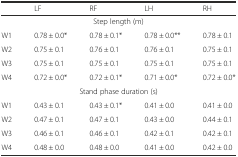
<table><thead><tr><td></td><td><b>LF</b></td><td><b>RF</b></td><td><b>LH</b></td><td><b>RH</b></td></tr></thead><tbody><tr><td colspan="5">Step length (m)</td></tr><tr><td>W1</td><td>0.78 ± 0.0*</td><td>0.78 ± 0.1*</td><td>0.78 ± 0.0**</td><td>0.78 ± 0.1</td></tr><tr><td>W2</td><td>0.75 ± 0.1</td><td>0.76 ± 0.1</td><td>0.76 ± 0.1</td><td>0.75 ± 0.1</td></tr><tr><td>W3</td><td>0.75 ± 0.1</td><td>0.75 ± 0.1</td><td>0.75 ± 0.1</td><td>0.75 ± 0.1</td></tr><tr><td>W4</td><td>0.72 ± 0.0*</td><td>0.72 ± 0.1*</td><td>0.71 ± 0.0*</td><td>0.72 ± 0.0*</td></tr><tr><td colspan="5">Stand phase duration (s)</td></tr><tr><td>W1</td><td>0.43 ± 0.1</td><td>0.43 ± 0.1*</td><td>0.41 ± 0.0</td><td>0.41 ± 0.0</td></tr><tr><td>W2</td><td>0.47 ± 0.1</td><td>0.47 ± 0.1</td><td>0.43 ± 0.0</td><td>0.44 ± 0.1</td></tr><tr><td>W3</td><td>0.46 ± 0.1</td><td>0.46 ± 0.1</td><td>0.42 ± 0.1</td><td>0.42 ± 0.1</td></tr><tr><td>W4</td><td>0.48 ± 0.0</td><td>0.48 ± 0.0</td><td>0.41 ± 0.0</td><td>0.42 ± 0.0</td></tr></tbody></table>